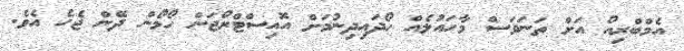
އެމްބްރިއޯ އަށް ތަނަވަސް މާހައުލެއް ހޯދައިދިނުމަށް އޮއިސްޓްރޯޖަން ހޯމޯން ދޭން ޖެހެ އެވެ.